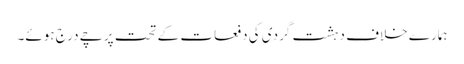
ہمارے خلاف دہشت گردی کی دفعات کے تحت پرچے درج ہوئے۔